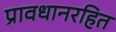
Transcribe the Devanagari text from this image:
प्रावधानरहित